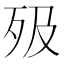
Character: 𣧉